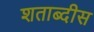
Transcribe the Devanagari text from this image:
शताब्दीस